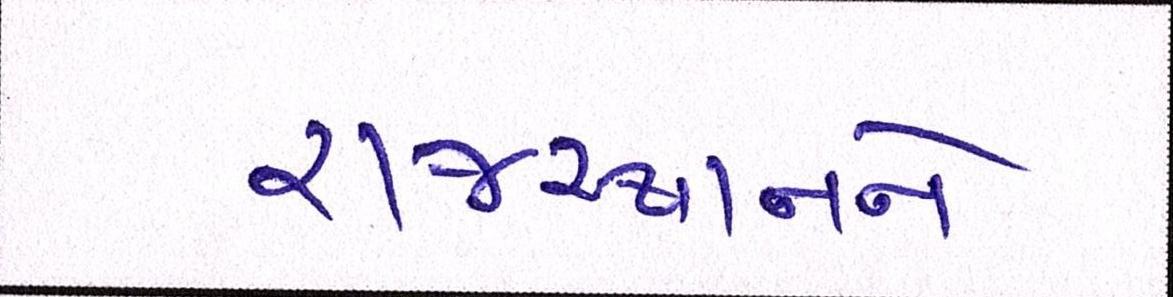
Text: રાજસ્થાનને